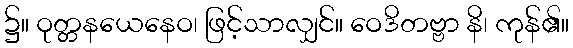
၌။ ဝုတ္တနယေနေဝ၊ ဖြင့်သာလျှင်။ ဝေဒိတဗ္ဗာ နိ၊ ကုန်၏။